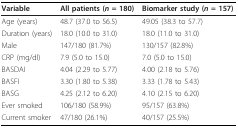
<table><thead><tr><td><b>Variable</b></td><td><b>All patients (<i>n </i>= 180)</b></td><td><b>Biomarker study (<i>n </i>= 157)</b></td></tr></thead><tbody><tr><td>Age (years)</td><td>48.7 (37.0 to 56.5)</td><td>49.05 (38.3 to 57.7)</td></tr><tr><td>Duration (years)</td><td>18.0 (10.0 to 31.0)</td><td>18.0 (11.0 to 31.0)</td></tr><tr><td>Male</td><td>147/180 (81.7%)</td><td>130/157 (82.8%)</td></tr><tr><td>CRP (mg/dl)</td><td>7.9 (5.0 to 15.0)</td><td>7.0 (5.0 to 15.0)</td></tr><tr><td>BASDAI</td><td>4.04 (2.29 to 5.77)</td><td>4.00 (2.18 to 5.76)</td></tr><tr><td>BASFI</td><td>3.30 (1.80 to 5.38)</td><td>3.33 (1.78 to 5.43)</td></tr><tr><td>BASG</td><td>4.25 (2.12 to 6.20)</td><td>4.10 (2.15 to 6.20)</td></tr><tr><td>Ever smoked</td><td>106/180 (58.9%)</td><td>95/157 (63.8%)</td></tr><tr><td>Current smoker</td><td>47/180 (26.1%)</td><td>40/157 (25.5%)</td></tr></tbody></table>